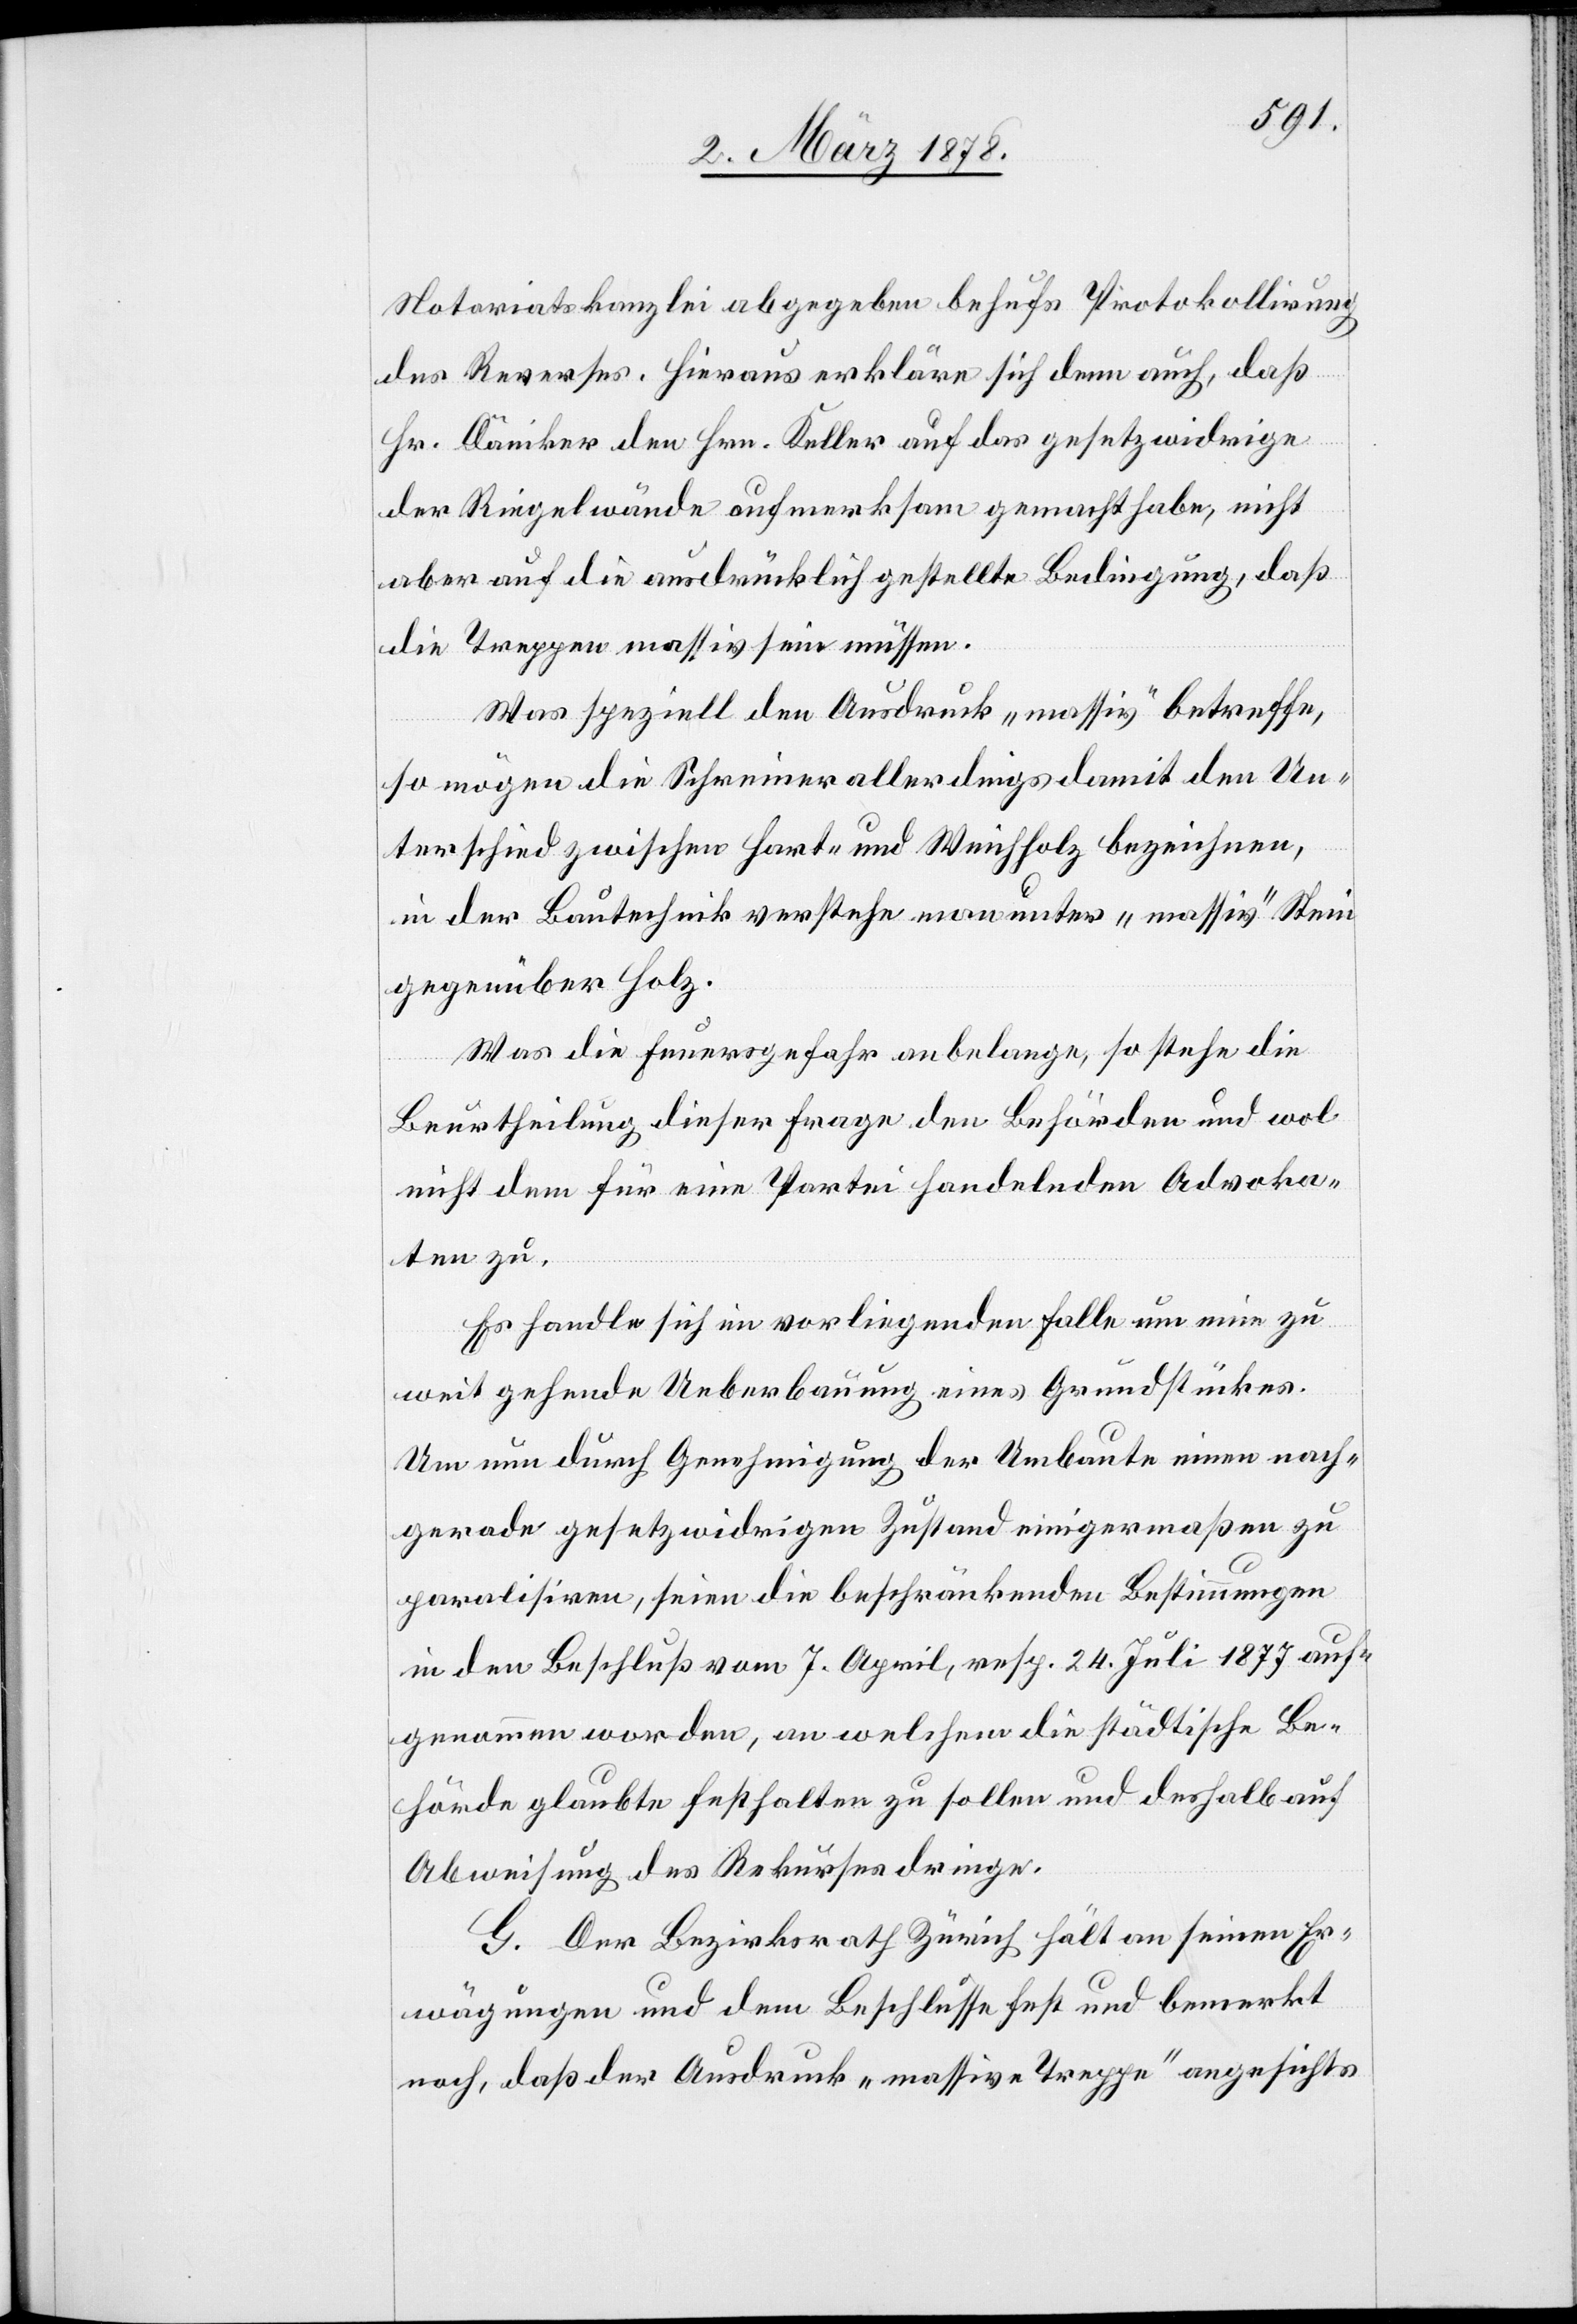
Notariatskanzlei abgegeben behufs Protokollirung
des Reverses. Hieraus erkläre sich denn auch, daß
Hr. Däniker den Hrn. Keller auf das gesetzwidrige
der Riegelwände aufmerksam gemacht habe, nicht
aber auf die ausdrücklich gestellte Bedingung, daß
die Treppen massiv sein müssen.
Was speziell den Ausdruck „massiv“ betreffe,
so mögen die Schreiner allerdings damit den Un¬
terschied zwischen Hart- und Weichholz bezeichnen,
in der Bautechnik verstehe man unter „massiv“ Stein
gegenüber Holz.
Was die Feuergefahr anbelange, so stehe die
Beurtheilung dieser Frage den Behörden und wol
nicht dem für eine Partei handelnden Advoka¬
ten zu.
Es handle sich im vorliegenden Falle um eine zu
weit gehende Ueberbauung eines Grundstückes.
Um nun durch Genehmigung der Umbaute einen nach¬
gerade gesetzwidrigen Zustand einigermaßen zu
paralisiren, seien die beschränkenden Bestimmungen
in den Beschluß vom 7. April, resp. 24. Juli 1877 auf¬
genommen worden, an welchem die städtische Be¬
hörde glaubte festhalten zu sollen und deshalb auf
Abweisung des Rekurses dringe.
G. Der Bezirksrath Zürich hält an seinen Er¬
wägungen und dem Beschlusse fest und bemerkt
noch, daß der Ausdruck „massive Treppe“ angesichts